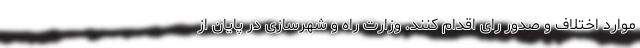
موارد اختلاف و صدور رای اقدام کنند. وزارت راه و شهرسازی در پایان از